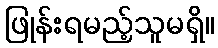
ဖြုန်းရမည့်သူမရှိ။